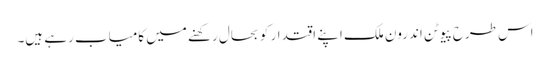
اس طرح پیوٹن اندرون ملک اپنے اقتدار کو بحال رکھنے میں کامیاب رہے ہیں۔